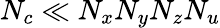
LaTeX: N_{c}\ll N_{x}N_{y}N_{z}N_{u}